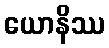
ယောနိဿ